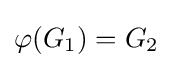
\varphi (G_{1})=G_{2}